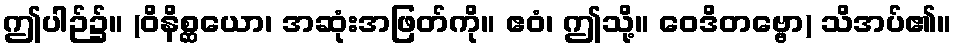
ဤပါဉ်၌။ (ဝိနိစ္ဆယော၊ အဆုံးအဖြတ်ကို။ ဧဝံ၊ ဤသို့။ ဝေဒိတဗ္ဗော) သိအပ်၏။